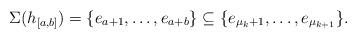
LaTeX: \begin{align*}\Sigma(h_{[a,b]}) = \{e_{a+1}, \ldots, e_{a+b}\}\subseteq \{e_{\mu_k+1}, \ldots, e_{\mu_{k+1}}\}.\end{align*}